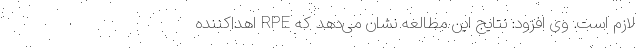
لازم است. وی افزود: نتایج این مطالعه نشان می‌دهد که RPE اهداکننده